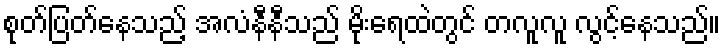
စုတ်ပြတ်နေသည့် အလံနီနီသည် မိုးရေထဲတွင် တလူလူ လွင့်နေသည်။